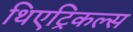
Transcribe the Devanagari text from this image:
थिएट्रिकल्स